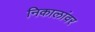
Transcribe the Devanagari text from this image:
निकालांवर